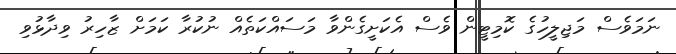
ނަމަވެސް މަޖިލީހުގެ ކޮމިޓީން ވެސް އެކަށީގެންވާ މަސައްކަތެއް ނުކުރާ ކަމަށް ޒާހިރު ވިދާޅުވި